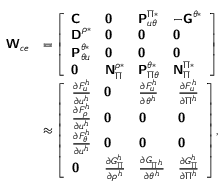
\begin{array} { r l } { \boldsymbol { \mathsf { W } } _ { c e } } & { = \left[ \begin{array} { l l l l } { \boldsymbol { \mathsf { C } } } & { \boldsymbol { \mathsf { 0 } } } & { \boldsymbol { \mathsf { P } } _ { u \theta } ^ { \Pi * } } & { - \boldsymbol { \mathsf { G } } ^ { \theta * } } \\ { \boldsymbol { \mathsf { D } } ^ { \rho * } } & { \boldsymbol { \mathsf { 0 } } } & { \boldsymbol { \mathsf { 0 } } } & { \boldsymbol { \mathsf { 0 } } } \\ { \boldsymbol { \mathsf { P } } _ { \theta u } ^ { \theta * } } & { \boldsymbol { \mathsf { 0 } } } & { \boldsymbol { \mathsf { 0 } } } & { \boldsymbol { \mathsf { 0 } } } \\ { \boldsymbol { \mathsf { 0 } } } & { \boldsymbol { \mathsf { N } } _ { \Pi } ^ { \rho * } } & { \boldsymbol { \mathsf { P } } _ { \Pi \theta } ^ { \theta * } } & { \boldsymbol { \mathsf { N } } _ { \Pi } ^ { \Pi * } } \end{array} \right] } \\ & { \approx \left[ \begin{array} { l l l l } { \frac { \partial F _ { u } ^ { h } } { \partial \boldsymbol { u } ^ { h } } } & { \boldsymbol { \mathsf { 0 } } } & { \frac { \partial F _ { u } ^ { h } } { \partial \theta ^ { h } } } & { \frac { \partial F _ { u } ^ { h } } { \partial \Pi ^ { h } } } \\ { \frac { \partial F _ { \rho } ^ { h } } { \partial \boldsymbol { u } ^ { h } } } & { \boldsymbol { \mathsf { 0 } } } & { \boldsymbol { \mathsf { 0 } } } & { \boldsymbol { \mathsf { 0 } } } \\ { \frac { \partial F _ { \theta } ^ { h } } { \partial \boldsymbol { u } ^ { h } } } & { \boldsymbol { \mathsf { 0 } } } & { \boldsymbol { \mathsf { 0 } } } & { \boldsymbol { \mathsf { 0 } } } \\ { \boldsymbol { \mathsf { 0 } } } & { \frac { \partial G _ { \Pi } ^ { h } } { \partial \rho ^ { h } } } & { \frac { \partial G _ { \Pi ^ { h } } } { \partial \theta ^ { h } } } & { \frac { \partial G _ { \Pi } ^ { h } } { \partial \Pi ^ { h } } } \end{array} \right] , } \end{array}